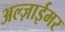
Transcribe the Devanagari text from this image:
अल्ज़ाईमर